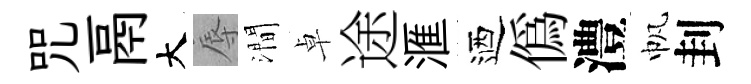
咒鬲大辱澗卓途滙迺偽澧帆刲